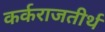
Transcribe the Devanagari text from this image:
कर्कराजतीर्थ